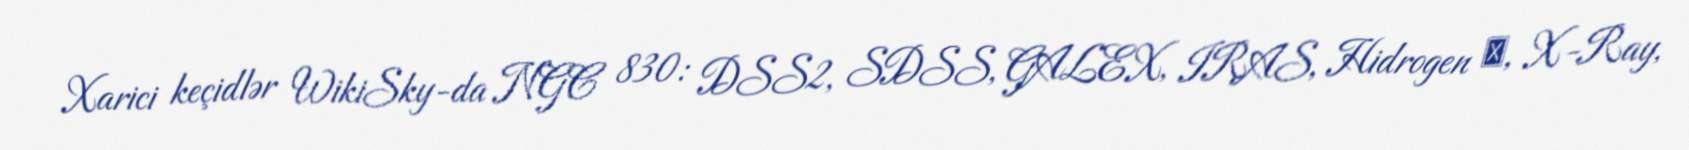
Xarici keçidlər WikiSky-da NGC 830: DSS2, SDSS, GALEX, IRAS, Hidrogen α, X-Ray,